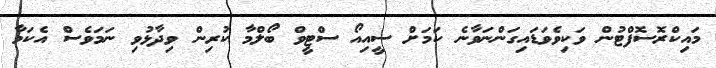
މައިކްރޮސޮފްޓުން ވަކިވެވަޑައިގަންނަވާނެ ކަމަށް ސީއިއޯ ސްޓީވް ބޯލްމާ ކުރިން ވިދާޅުވި ނަމަވެސް އެކަމާ